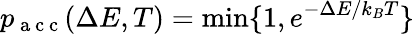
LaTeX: p_{\mathrm{~a~c~c~}}(\Delta E,T)=\operatorname*{min}\{ 1,e^{-\Delta E/k_{B}T}\}